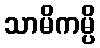
သာမိကမ္ပိ